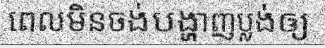
ពេលមិនចង់បង្ហាញប្លង់ឲ្យ